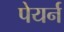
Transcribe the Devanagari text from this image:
पेयर्न